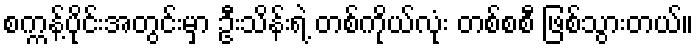
စက္ကန့်ပိုင်းအတွင်းမှာ ဦးသိန်းရဲ့ တစ်ကိုယ်လုံး တစ်စစီ ဖြစ်သွားတယ်။